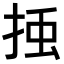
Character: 𭡀